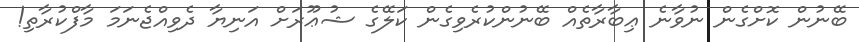
ބޭނުން ކޮށްގެން ނުވާނެ ޢިބާރާތެއް ބޭނުންކުރެވިގެން ކަލޭގެ ޝުޢޫރަށް އަނިޔާ ދެވިއްޖެނަމަ މާފްކުރާތި!